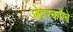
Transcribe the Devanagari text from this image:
ओवरकॉम्बे